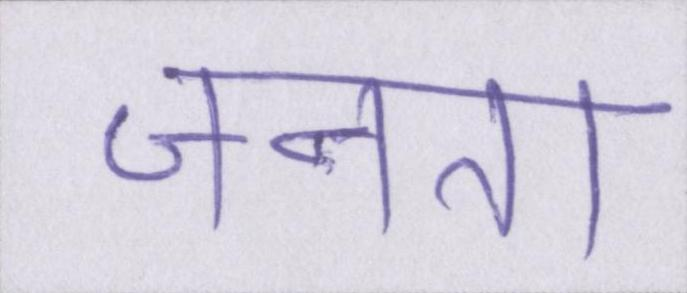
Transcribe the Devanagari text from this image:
जनता